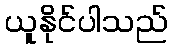
ယူနိုင်ပါသည်